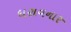
ધરાવનાર